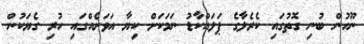
ނޫހުން ބުނި ގޮތުގައި ކެރެލާގެ ޕަލައްކާޑު ނަމަކަށް ކިޔާ އަވަށެއްގައި ހުރި ގެޔަކުން